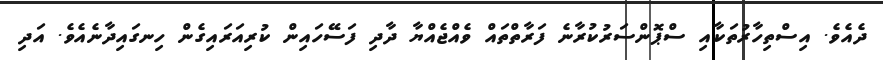
ދެއެވެ. އިސްތިހާރުތަކާއި ސްޕޮންސަރުކުރާނެ ފަރާތްތައް ވެއްޖެއްޔާ ދާދި ފަސޭހައިން ކުރިއަރައިގެން ހިނގައިދާނެއެވެ. އަދި